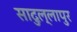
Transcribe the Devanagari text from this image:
सादुल्लापुर